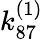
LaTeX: k_{87}^{(1)}